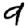
Digit: 9